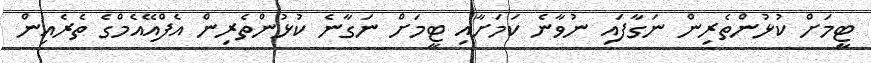
ޓީމަށް ކުޅުންތެރިން ނަގާފައި ނުވާނެ ކަމަށާއި ޓީމަށް ނަގާނެ ކުޅުންތެރިން އެފްއޭއެމްގެ ތެރެއިން